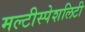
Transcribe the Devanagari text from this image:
मल्टीस्पेशलिटी